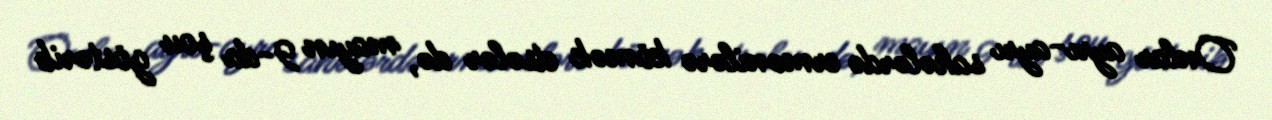
Onlar ayrı-ayrı sahələrdə ermənilərə kömək etsələr də, mayın 9-da şou göstərib